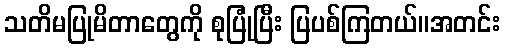
သတိမပြုမိတာတွေကို စုပြုံပြီး ပြပစ်ကြတယ်။အတင်း